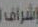
إشراف